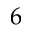
6